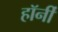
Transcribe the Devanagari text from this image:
हॉर्नी